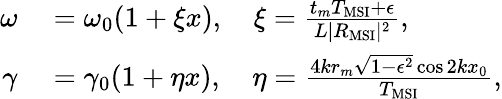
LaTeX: \begin{array}{rl}{\omega}&{{}=\omega_{0}(1+\xi x),\quad\xi=\frac{t_{m}T_{\mathrm{MSI}}+\epsilon}{L|R_{\mathrm{MSI}}|^{2}},}\\ {\gamma}&{{}=\gamma_{0}(1+\eta x),\quad\eta=\frac{4kr_{m}\sqrt{1-\epsilon^{2}}\cos 2kx_{0}}{T_{\mathrm{MSI}}},}\end{array}